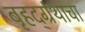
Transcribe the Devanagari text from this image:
बृहद्‌ग्रंथाचा